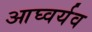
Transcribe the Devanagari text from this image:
आघ्वर्यव